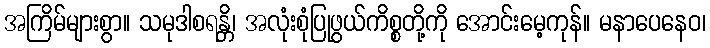
အကြိမ်များစွာ။ သမုဒါစရန္တိ၊ အလုံးစုံပြုဖွယ်ကိစ္စတို့ကို အောင်းမေ့ကုန်။ မနာပေနေဝ၊